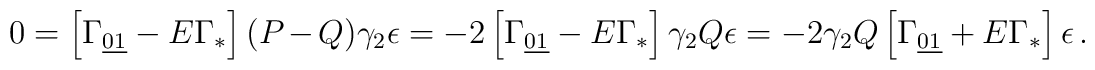
0=\left[  \Gamma _{\underline{01}}-E \Gamma _*\right](P-Q)\gamma _2\epsilon =- 2 \left[  \Gamma _{\underline{01}}-E \Gamma _*\right]\gamma_2 Q\epsilon=-2\gamma _2 Q\left[  \Gamma _{\underline{01}}+E \Gamma_*\right]\epsilon\,.